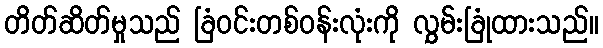
တိတ်ဆိတ်မှုသည် ခြံဝင်းတစ်ဝန်းလုံးကို လွှမ်းခြုံထားသည်။